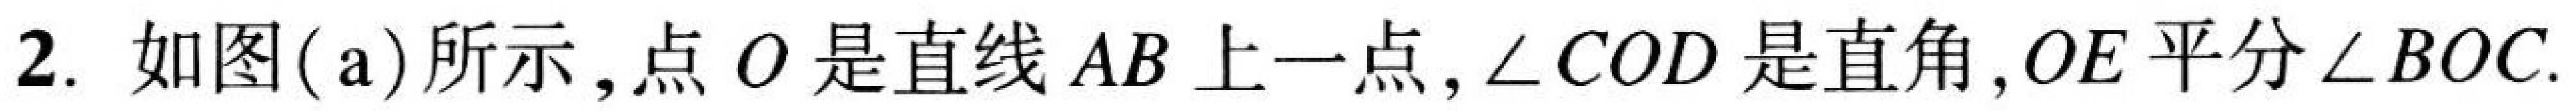
2. 如图(a)所示，点\(O\)是直线\(AB\)上一点，\(\angle COD\)是直角，\(OE\)平分\(\angle BOC\).